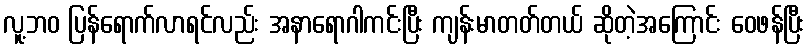
လူ့ဘဝ ပြန်ရောက်လာရင်လည်း အနာရောဂါကင်းပြီး ကျန်းမာတတ်တယ် ဆိုတဲ့အကြောင်း ဝေဖန်ပြီး